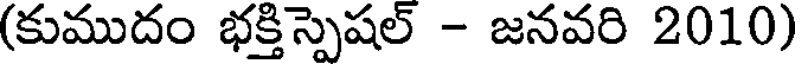
(కుముదం భక్తిస్పెషల్ - జనవరి 2010)